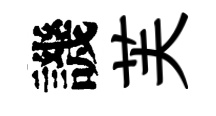
譏芙